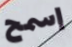
إسمح